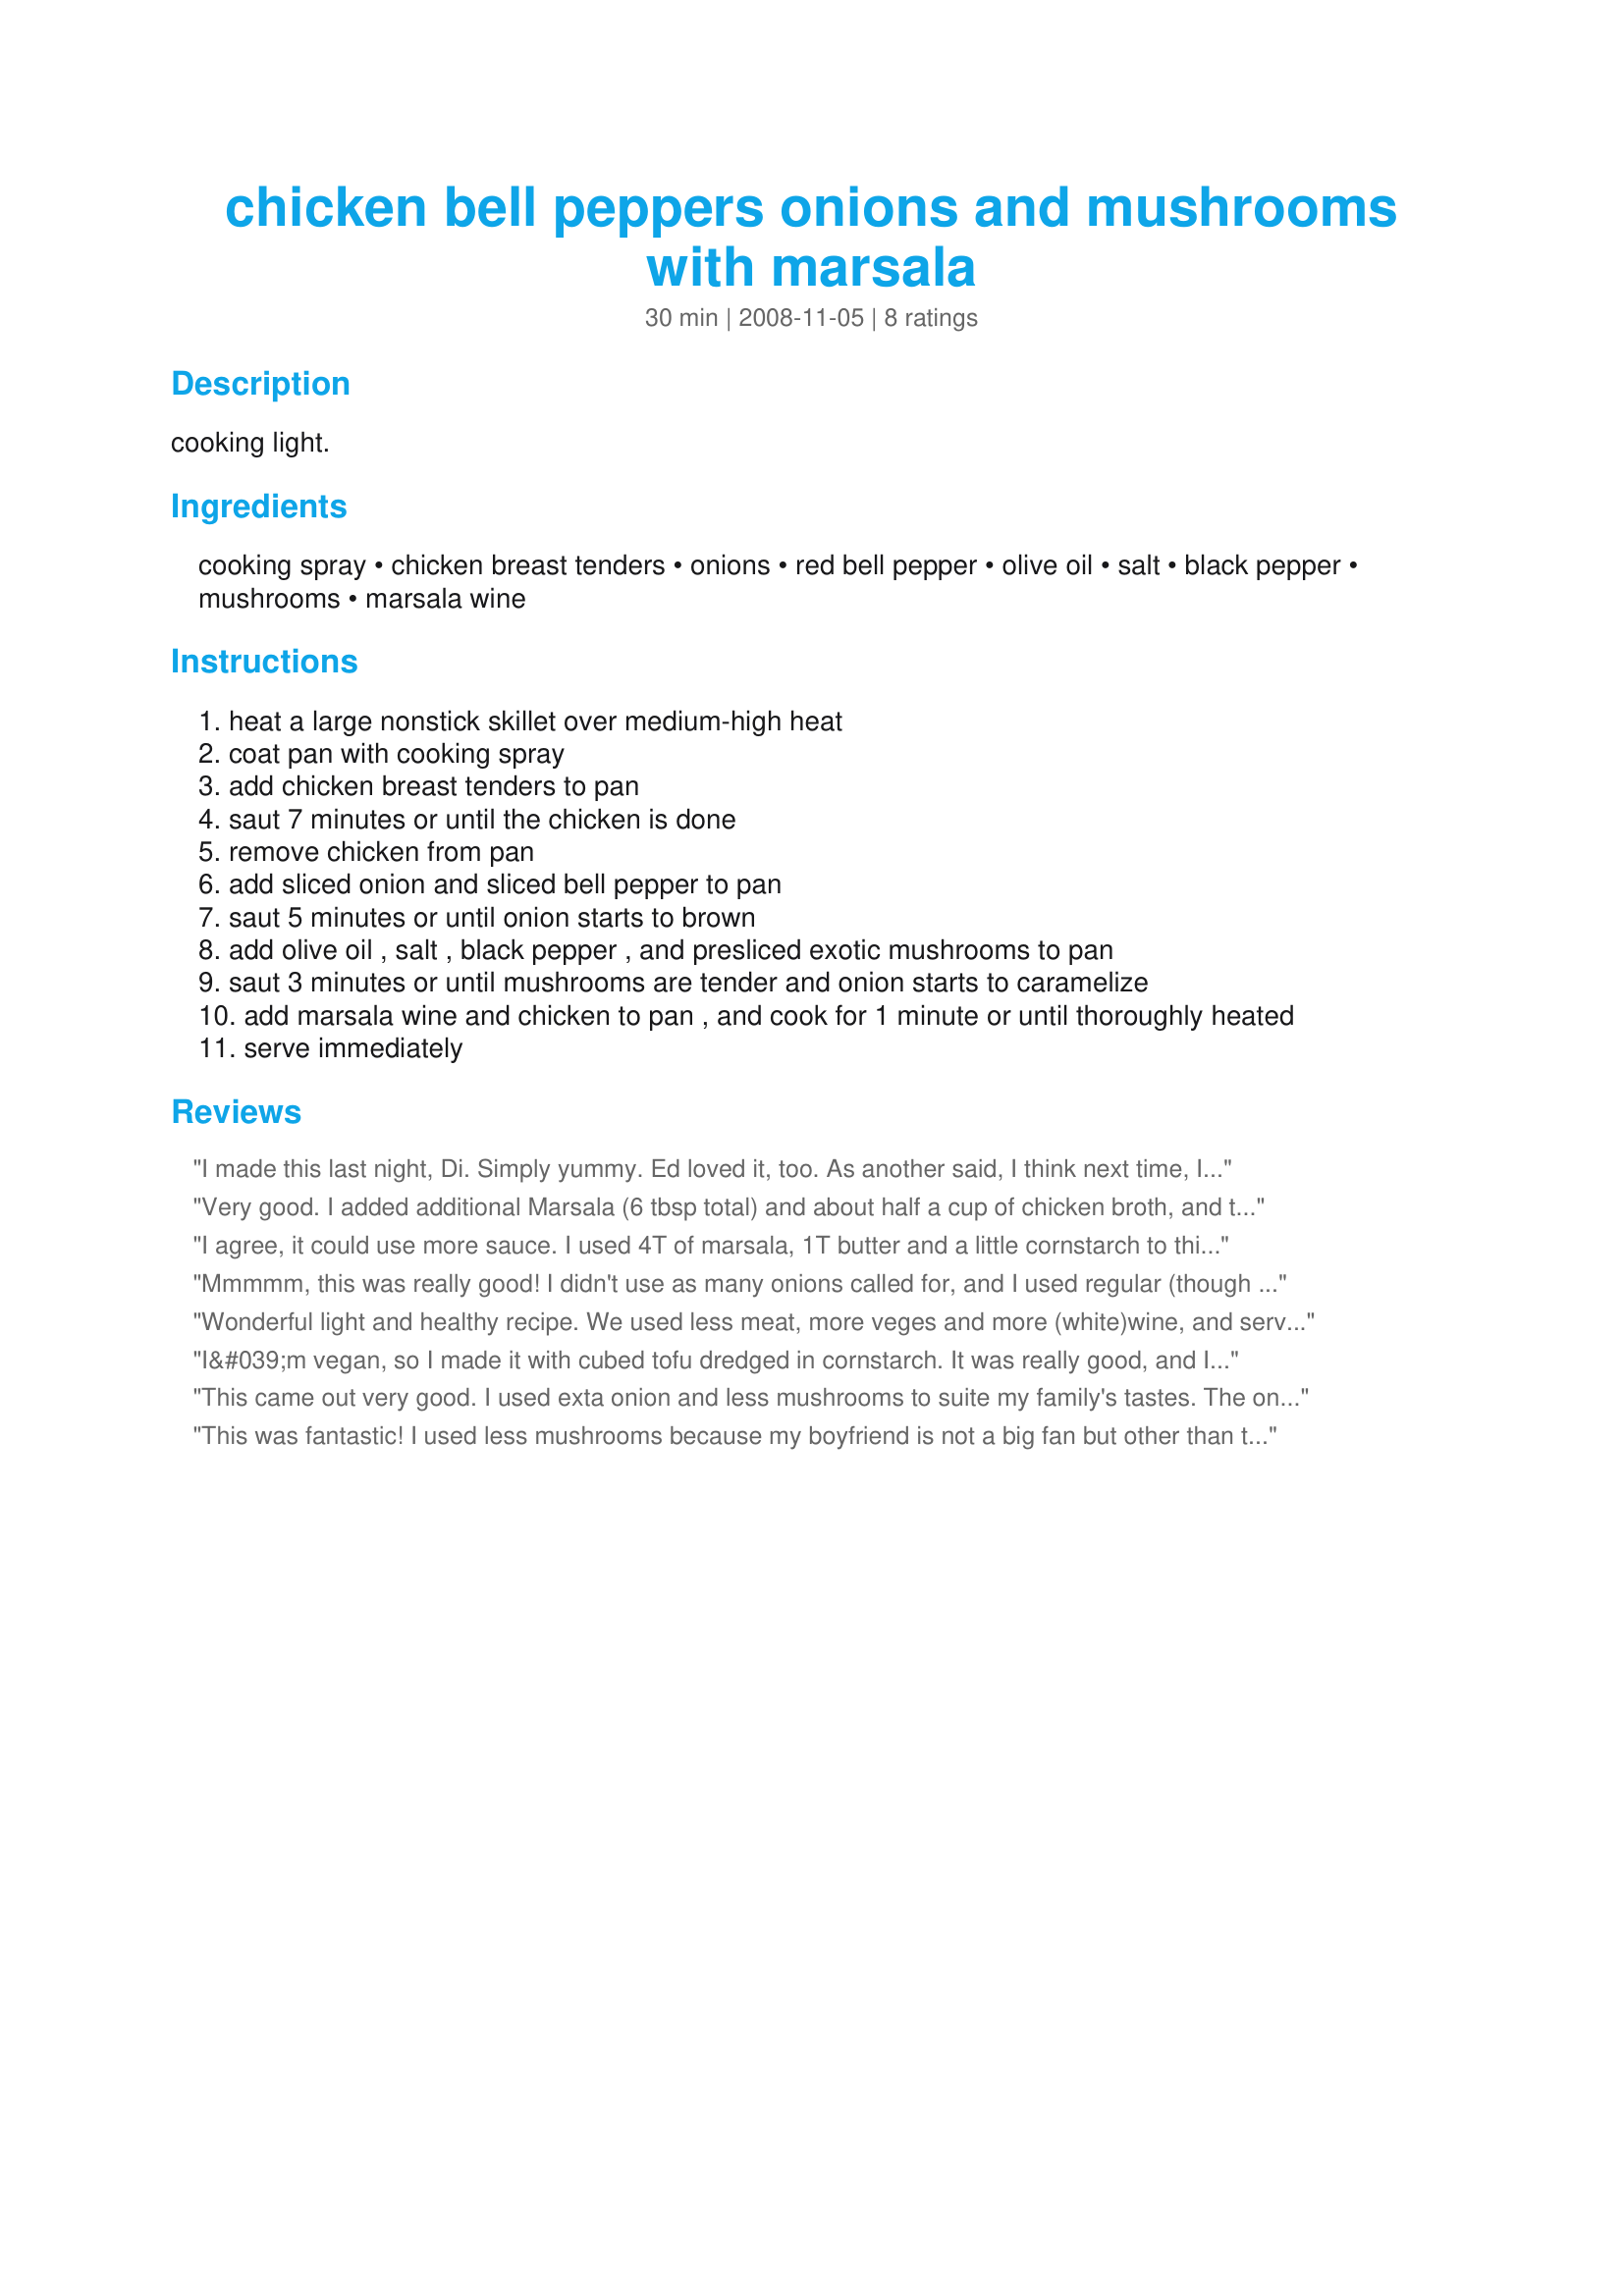
chicken bell peppers onions and mushrooms with marsala
Preparation time: 30 minutes

cooking light.

Ingredients:
cooking spray, chicken breast tenders, onions, red bell pepper, olive oil, salt, black pepper, mushrooms, marsala wine

Steps:
heat a large nonstick skillet over medium-high heat
coat pan with cooking spray
add chicken breast tenders to pan
saut 7 minutes or until the chicken is done
remove chicken from pan
add sliced onion and sliced bell pepper to pan
saut 5 minutes or until onion starts to brown
add olive oil , salt , black pepper , and presliced exotic mushrooms to pan
saut 3 minutes or until mushrooms are tender and onion starts to caramelize
add marsala wine and chicken to pan , and cook for 1 minute or until thoroughly heated
serve immediately

Reviews:
I made this last night, Di. Simply yummy. Ed loved it, too. As another said, I think next time, I'm going to make it a bit saucier, but it really is a great recipe. :)
I served it over angel hair past.
Very good. I added additional Marsala (6 tbsp total) and about half a cup of chicken broth, and thickened with &quot;Wondra&quot; flour (just an easy blending flour).
I agree, it could use more sauce. I used 4T of marsala, 1T butter and a little cornstarch to thicken. It still could have used more. Served over rice. Would be better over pasta I think.
Mmmmm, this was really good! I didn't use as many onions called for, and I used regular (though big) mushrooms. Having everything sliced and ready to go is a must. Loved the marsala wine in this -- not too overpowering at all. I garnished with Italian flat leaf parsley and brought the skillet right to the table. We loved it!
Wonderful light and healthy recipe. We used less meat, more veges and more (white)wine, and served it over rice.
I&#039;m vegan, so I made it with cubed tofu dredged in cornstarch. It was really good, and I will certainly make it again.
This came out very good. I used exta onion and less mushrooms to suite my family's tastes. The only thing i would say is i wish it had more sauce, next time will add more marsala with a little butter to make saucier.
This was fantastic! I used less mushrooms because my boyfriend is not a big fan but other than that I made it exactly as written. Thanks for posting this awesome recipe :0)
